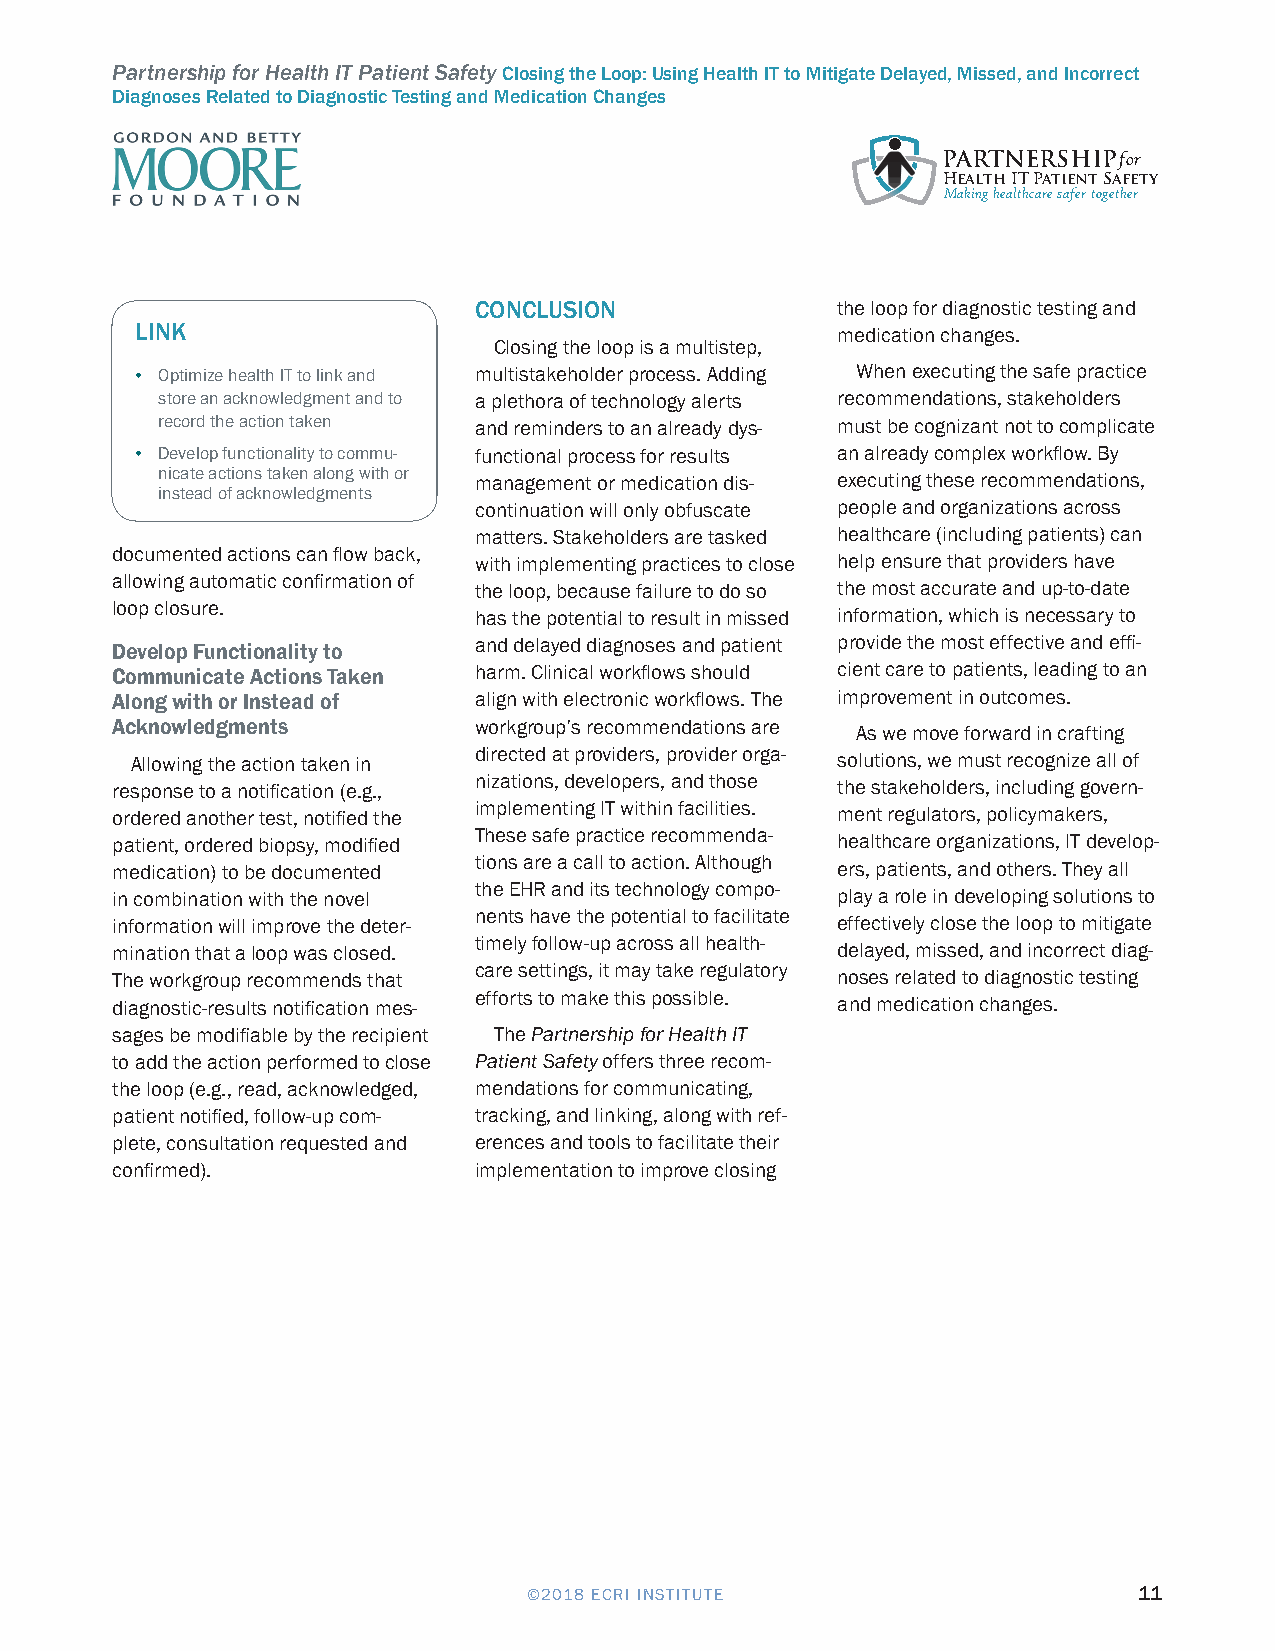
Partnership for Health IT Patient Safety Closing the Loop: Using Health IT to Mitigate Delayed, Missed, and Incorrect
 Diagnoses Related to Diagnostic Testing and Medication Changes
 PARTNERSHIPfor
 Health IT Patient Safety
 Making healthcare safer together
 CONCLUSION              the loop for diagnostic testing and
 LINK                                          medication changes.
 Closing the loop is a multistep,
 • Optimize health IT to link and multistakeholder process. Adding When executing the safe practice
 store an acknowledgment and to a plethora of technology alerts recommendations, stakeholders
 record the action taken and reminders to an already dys- must be cognizant not to complicate
 • Develop functionality to commu- functional process for results an already complex workflow. By
 nicate actions taken along with or management or medication dis- executing these recommendations,
 instead of acknowledgments
 continuation will only obfuscate people and organizations across
 matters. Stakeholders are tasked healthcare (including patients) can
 documented actions can flow back,
 with implementing practices to close help ensure that providers have
 allowing automatic confirmation of
 the loop, because failure to do so the most accurate and up-to-date
 loop closure.
 has the potential to result in missed information, which is necessary to
 Develop Functionality to and delayed diagnoses and patient provide the most effective and effi-
 Communicate Actions Taken harm. Clinical workflows should cient care to patients, leading to an
 Along with or Instead of align with electronic workflows. The improvement in outcomes.
 Acknowledgments         workgroup’s recommendations are
 As we move forward in crafting
 directed at providers, provider orga-
 Allowing the action taken in                  solutions, we must recognize all of
 nizations, developers, and those
 response to a notification (e.g.,               the stakeholders, including govern-
 implementing IT within facilities.
 ordered another test, notified the              ment regulators, policymakers,
 These safe practice recommenda-
 patient, ordered biopsy, modified               healthcare organizations, IT develop-
 tions are a call to action. Although
 medication) to be documented                    ers, patients, and others. They all
 the EHR and its technology compo-
 in combination with the novel                   play a role in developing solutions to
 nents have the potential to facilitate
 information will improve the deter-             effectively close the loop to mitigate
 timely follow-up across all health-
 mination that a loop was closed.                delayed, missed, and incorrect diag-
 care settings, it may take regulatory
 The workgroup recommends that                   noses related to diagnostic testing
 efforts to make this possible.
 diagnostic-results notification mes-            and medication changes.
 sages be modifiable by the recipient The Partnership for Health IT
 to add the action performed to close Patient Safety offers three recom-
 the loop (e.g., read, acknowledged, mendations for communicating,
 patient notified, follow-up com- tracking, and linking, along with ref-
 plete, consultation requested and erences and tools to facilitate their
 confirmed).             implementation to improve closing
 ©2018 ECRI INSTITUTE                    11